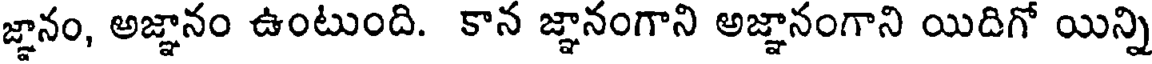
జ్ఞానం, అజ్ఞానం ఉంటుంది. కాన జ్ఞానంగాని అజ్ఞానంగాని యిదిగో యిన్ని